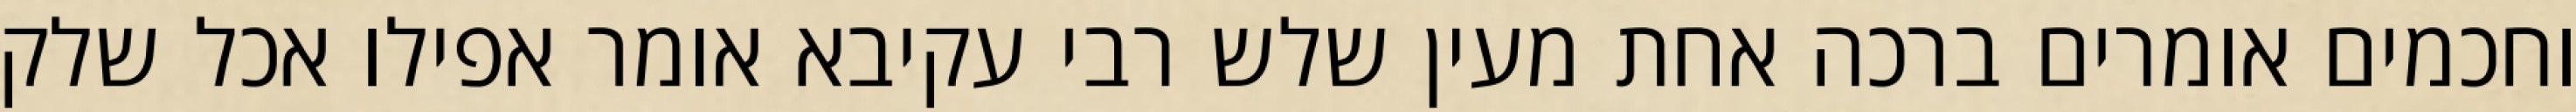
וחכמים אומרים ברכה אחת מעין שלש רבי עקיבא אומר אפילו אכל שלק